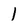
Character: 1